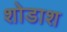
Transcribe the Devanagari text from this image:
शोडाश